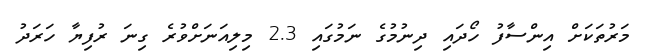
މަރުތަކަށް އިންސާފު ހޯދައި ދިނުމުގެ ނަމުގައި 2.3 މިލިއަނަށްވުރެ ގިނަ ރުފިޔާ ހަަރަދު